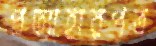
প্রত্যাহারপত্র